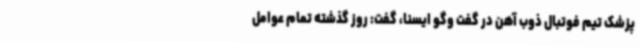
پزشک تیم فوتبال ذوب آهن در گفت وگو ایسنا، گفت: روز گذشته تمام عوامل